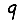
Digit: 9